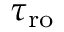
\tau _ { \mathrm { r o } }